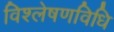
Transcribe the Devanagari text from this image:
विश्लेषणविधि